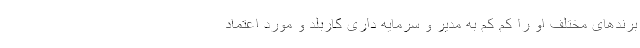
برند‌های مختلف او را کم کم به مدیر و سرمایه داری کاربلد و مورد اعتماد